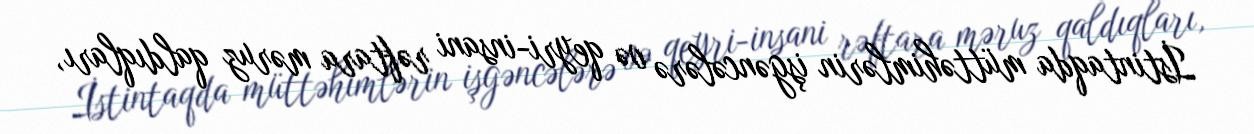
İstintaqda müttəhimlərin işgəncələrə və qeyri-insani rəftara məruz qaldıqları,